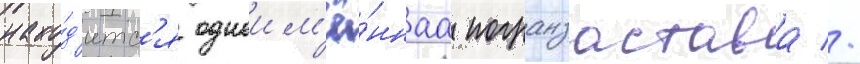
нахо́д'итс'я одноим'ё́ннаа погранзастава //